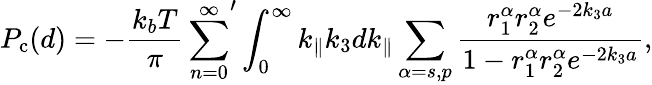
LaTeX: P_{\mathrm{c}}(d)=-\frac{k_{b}T}{\pi}\overset{\infty}{\underset{n=0}{\sum}}^{\prime}\int_{0}^{\infty}k_{\Vert}k_{3}dk_{\Vert}\underset{\alpha=s,p}{\sum}\frac{r_{1}^{\alpha}r_{2}^{\alpha}e^{-2k_{3}a}}{1-r_{1}^{\alpha}r_{2}^{\alpha}e^{-2k_{3}a}},